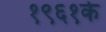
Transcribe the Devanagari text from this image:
१९६१के